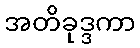
အတိခုဒ္ဒကာ